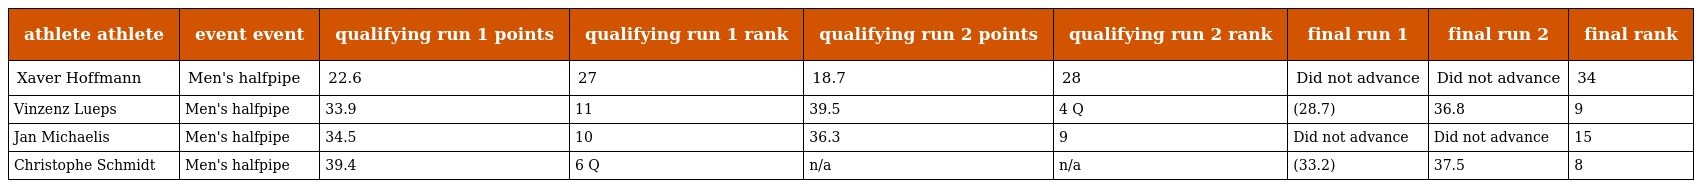
| athlete athlete | event event | qualifying run 1 points | qualifying run 1 rank | qualifying run 2 points | qualifying run 2 rank | final run 1 | final run 2 | final rank |
 | --- | --- | --- | --- | --- | --- | --- | --- | --- |
 | Xaver Hoffmann | Men's halfpipe | 22.6 | 27 | 18.7 | 28 | Did not advance | Did not advance | 34 |
 | Vinzenz Lueps | Men's halfpipe | 33.9 | 11 | 39.5 | 4 Q | (28.7) | 36.8 | 9 |
 | Jan Michaelis | Men's halfpipe | 34.5 | 10 | 36.3 | 9 | Did not advance | Did not advance | 15 |
 | Christophe Schmidt | Men's halfpipe | 39.4 | 6 Q | n/a | n/a | (33.2) | 37.5 | 8 |